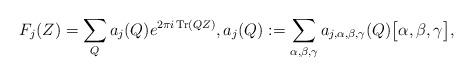
LaTeX: \begin{align*} F_j(Z)=\sum_{Q}a_j(Q)e^{2\pi i\,{\rm Tr}(QZ)},a_j(Q):=\sum_{\alpha,\beta,\gamma}a_{j,\alpha,\beta,\gamma}(Q)\big[\alpha,\beta,\gamma\big],\end{align*}